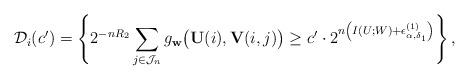
LaTeX: \begin{align*}\mathcal{D}_i(c')=\left\{2^{-nR_2}\sum_{j\in\mathcal{J}_n}g_\mathbf{w}\big(\mathbf{U}(i),\mathbf{V}(i,j)\big)\geq c'\cdot 2^{n\left(I(U;W)+\epsilon^{(1)}_{\alpha,\delta_1}\right)}\right\},\end{align*}